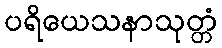
ပရိယေသနာသုတ္တံ